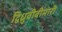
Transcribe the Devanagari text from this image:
द्विध्रुवीबीमारी